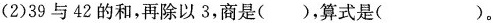
(2)39与42的和，再除以3，商是()，算式是( )。